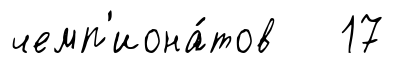
чемп'иона́тов 17